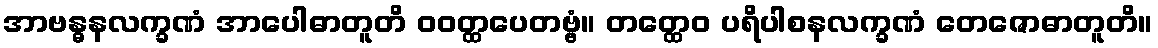
အာဗန္ဓနလက္ခဏံ အာပေါဓာတူတိ ဝဝတ္ထပေတဗ္ဗံ။ တတ္ထေဝ ပရိပါစနလက္ခဏံ တေဇောဓာတူတိ။